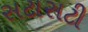
સટાસટી